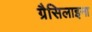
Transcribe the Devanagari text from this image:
ग्रैसिलाइना